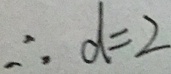
\therefore d = 2